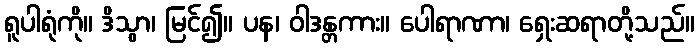
ရူပါရုံကို။ ဒိသွာ၊ မြင်၍။ ပန၊ ဝါဒန္တကား။ ပေါရာဏာ၊ ရှေးဆရာတို့သည်။